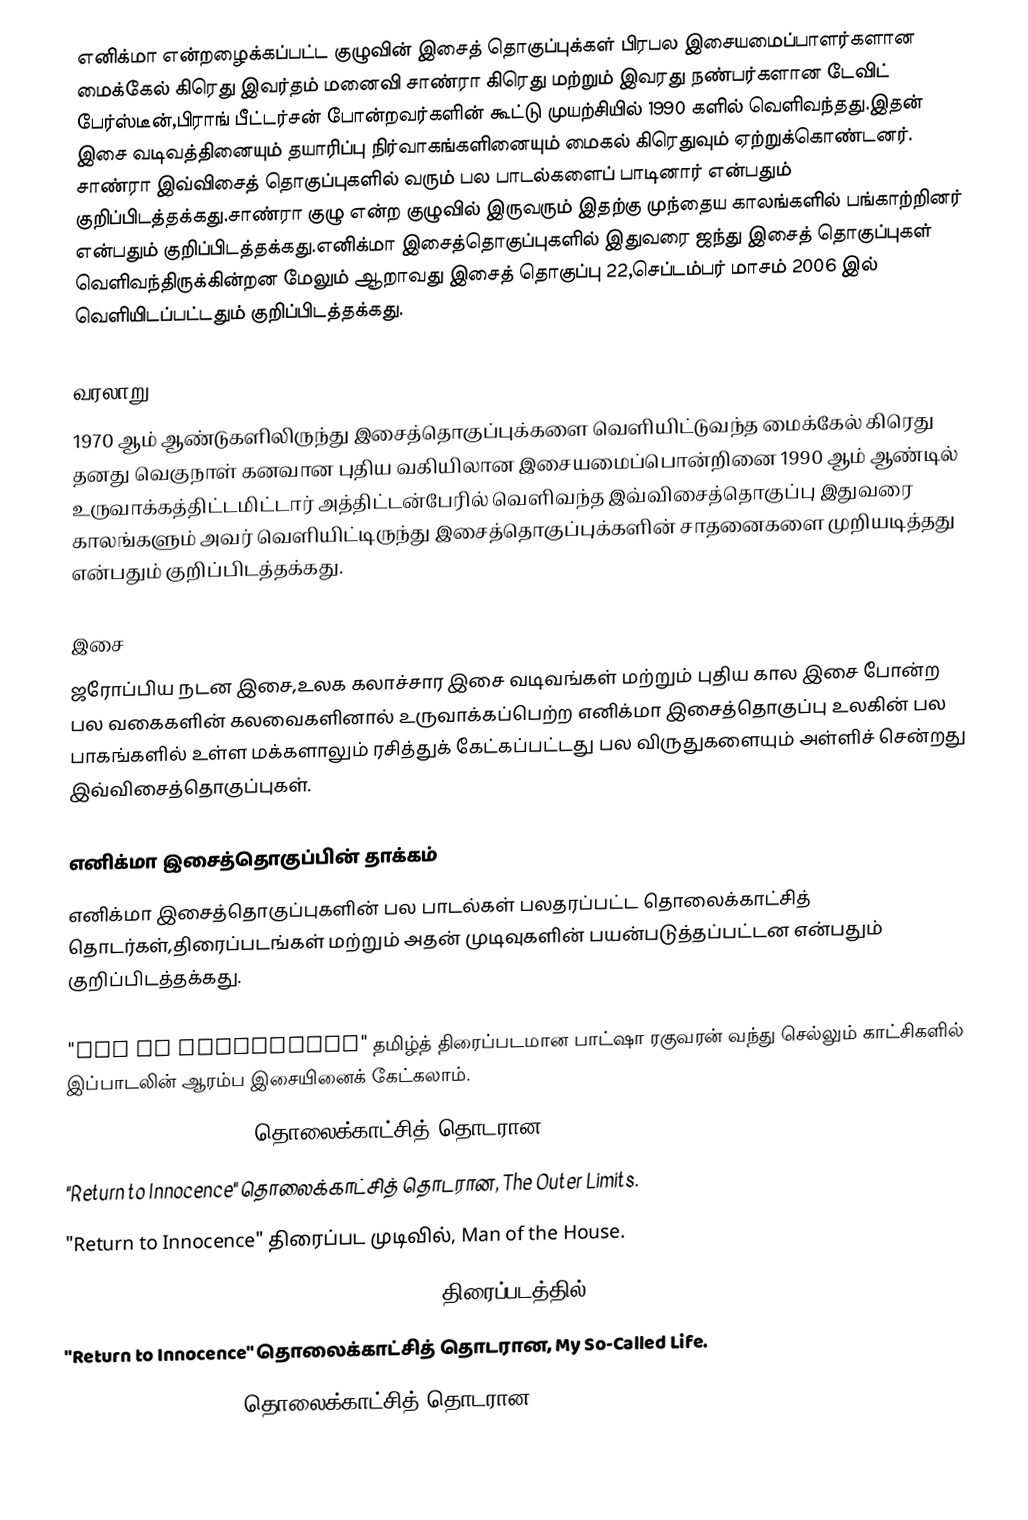
எனிக்மா என்றழைக்கப்பட்ட குழுவின் இசைத் தொகுப்புக்கள் பிரபல இசையமைப்பாளர்களான மைக்கேல் கிரெது இவர்தம் மனைவி சாண்ரா கிரெது மற்றும் இவரது நண்பர்களான டேவிட் பேர்ஸ்டீன்,பிராங் பீட்டர்சன் போன்றவர்களின் கூட்டு முயற்சியில் 1990 களில் வெளிவந்தது.இதன் இசை வடிவத்தினையும் தயாரிப்பு நிர்வாகங்களினையும் மைகல் கிரெதுவும் ஏற்றுக்கொண்டனர். சாண்ரா இவ்விசைத் தொகுப்புகளில் வரும் பல பாடல்களைப் பாடினார் என்பதும் குறிப்பிடத்தக்கது.சாண்ரா குழு என்ற குழுவில் இருவரும் இதற்கு முந்தைய காலங்களில் பங்காற்றினர் என்பதும் குறிப்பிடத்தக்கது.எனிக்மா இசைத்தொகுப்புகளில் இதுவரை ஜந்து இசைத் தொகுப்புகள் வெளிவந்திருக்கின்றன மேலும் ஆறாவது இசைத் தொகுப்பு 22,செப்டம்பர் மாசம் 2006 இல் வெளியிடப்பட்டதும் குறிப்பிடத்தக்கது.

வரலாறு
1970 ஆம் ஆண்டுகளிலிருந்து இசைத்தொகுப்புக்களை வெளியிட்டுவந்த மைக்கேல் கிரெது தனது வெகுநாள் கனவான புதிய வகியிலான இசையமைப்பொன்றினை 1990 ஆம் ஆண்டில் உருவாக்கத்திட்டமிட்டார் அத்திட்டன்பேரில் வெளிவந்த இவ்விசைத்தொகுப்பு இதுவரை காலங்களும் அவர் வெளியிட்டிருந்து இசைத்தொகுப்புக்களின் சாதனைகளை முறியடித்தது என்பதும் குறிப்பிடத்தக்கது.

இசை
ஜரோப்பிய நடன இசை,உலக கலாச்சார இசை வடிவங்கள் மற்றும் புதிய கால இசை போன்ற பல வகைகளின் கலவைகளினால் உருவாக்கப்பெற்ற எனிக்மா இசைத்தொகுப்பு உலகின் பல பாகங்களில் உள்ள மக்களாலும் ரசித்துக் கேட்கப்பட்டது பல விருதுகளையும் அள்ளிச் சென்றது இவ்விசைத்தொகுப்புகள்.

எனிக்மா இசைத்தொகுப்பின் தாக்கம்
எனிக்மா இசைத்தொகுப்புகளின் பல பாடல்கள் பலதரப்பட்ட தொலைக்காட்சித் தொடர்கள்,திரைப்படங்கள் மற்றும் அதன் முடிவுகளின் பயன்படுத்தப்பட்டன என்பதும் குறிப்பிடத்தக்கது.

"Age of Loneliness" தமிழ்த் திரைப்படமான பாட்ஷா ரகுவரன் வந்து செல்லும் காட்சிகளில் இப்பாடலின் ஆரம்ப இசையினைக் கேட்கலாம்.
"Beyond the Invisible" தொலைக்காட்சித் தொடரான, La Femme Nikita.
"Return to Innocence" தொலைக்காட்சித் தொடரான, The Outer Limits.
"Return to Innocence" திரைப்பட முடிவில், Man of the House.
"Return to Innocence" and "Sadeness (Part I)" திரைப்படத்தில், Exit to Eden.
"Return to Innocence" தொலைக்காட்சித் தொடரான, My So-Called Life.
"Return to Innocence" தொலைக்காட்சித் தொடரான, Cold Case (Episode Santuary (2006)).